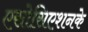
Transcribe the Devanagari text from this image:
एसोसिएशनके